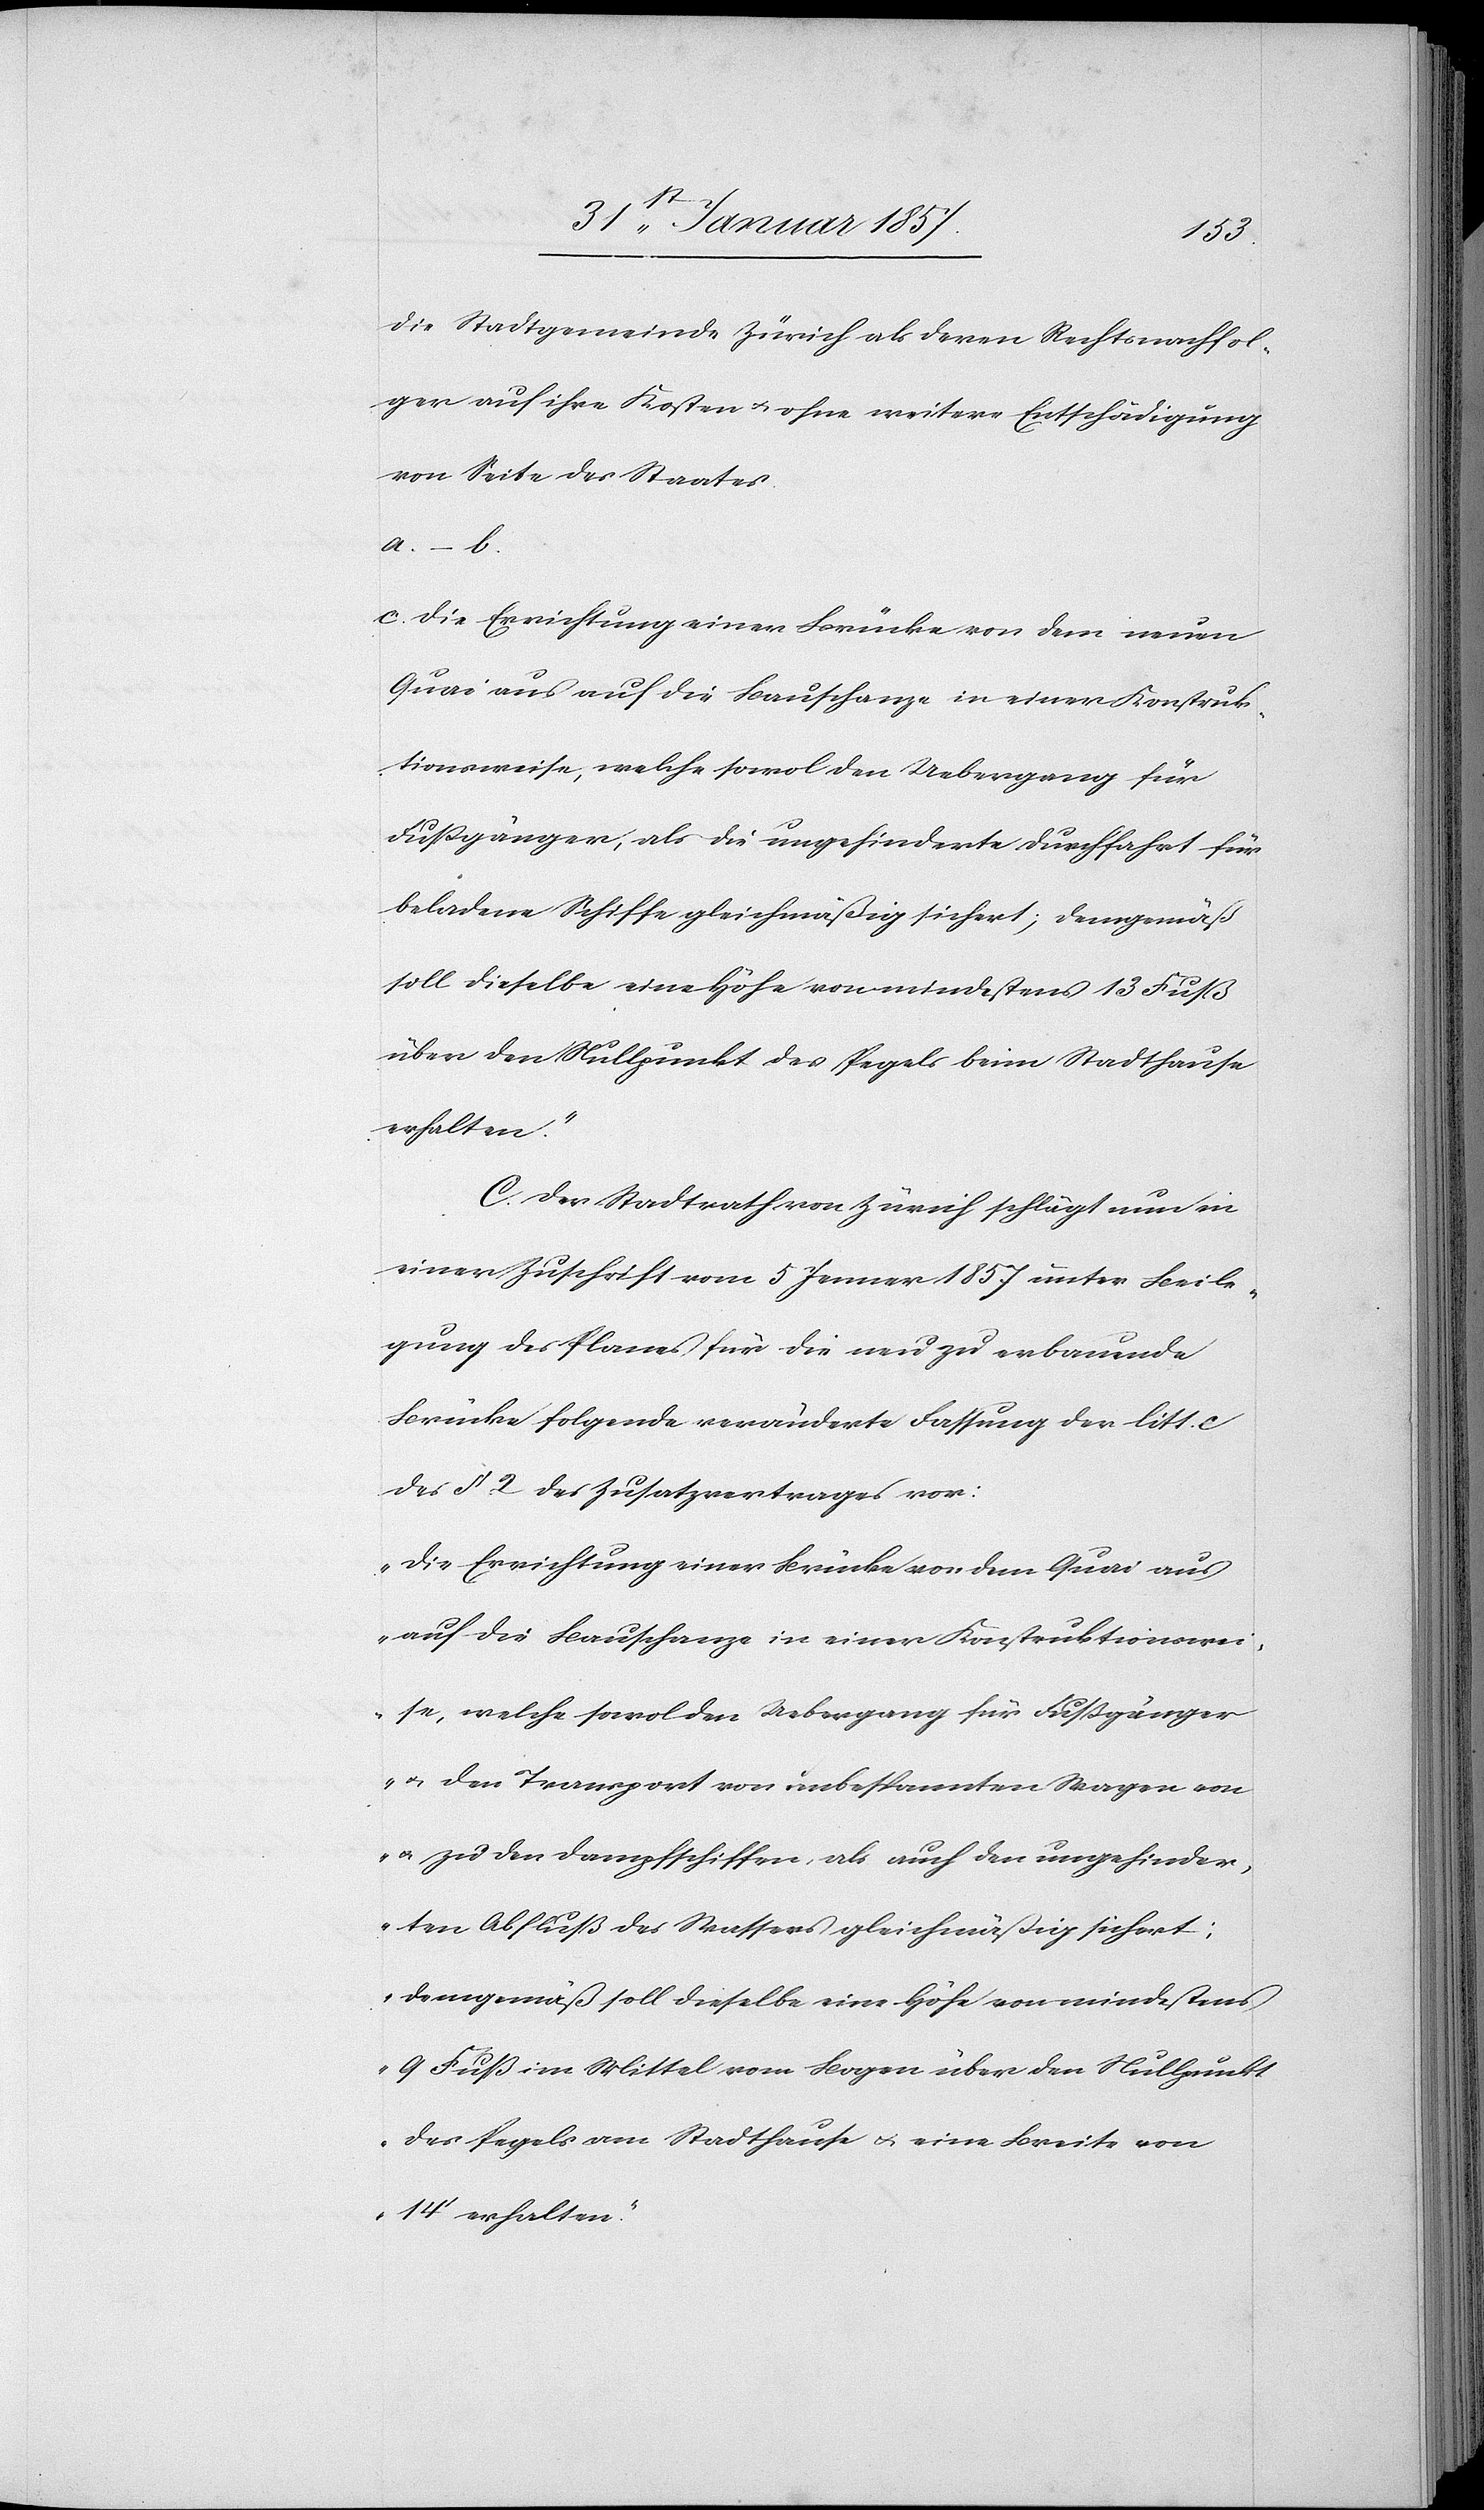
die Stadtgemeinde Zürich als deren Rechtsnachfol¬
ger auch ihre Kosten & ohne weitere Entschädigung
von Seite des Staates.
a.–b.
c. Die Errichtung einer Brücke von dem neuen
Quai aus auf die Bauschanze in einer Konstruk¬
tionsweise, welche sowol den Uebergang für
Fußgänger, als die ungehinderte Durchfahrt für
beladene Schiffe gleichmäßig sichert; demgemäß
soll dieselbe eine Höhe von mindestens 13 Fuß
über den Nullpunkt des Pegels beim Stadthause
erhalten.“
C. Der Stadtrath von Zürich schlägt nun in
einer Zuschrift vom 5 Jenner 1857 unter Beile¬
gung des Planes für die neu zu erbauende
Brücke folgende veränderte Fassung der litt. c
des § 2 des Zusatzvertrages vor:
„Die Errichtung einer Brücke von dem Quai aus
auf die Bauschanze in einer Konstruktionswei¬
se, welche sowol den Uebergang für Fußgänger
& den Transport von unbespannten Wagen von
& zu den Dampfschiffen, als auch den ungehinder¬
ten Abfluß des Wassers gleichmäßig sichert:
demgemäß soll dieselbe eine Höhe von mindestens
9 Fuß im Mittel vom Bogen über den Nullpunkt
des Pegels am Stadthause & eine Breite von
14‘ erhalten“